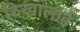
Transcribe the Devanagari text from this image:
दिखालाई